Lunatic asylums Central Provinces reports 1886-1894 - 1886-1894
Year: 1886
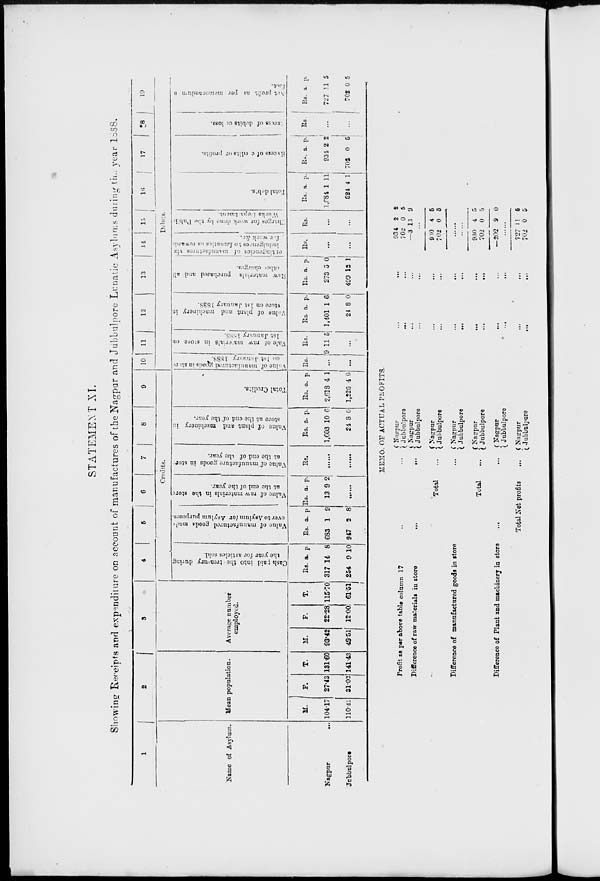
STATEMENT XI.
Showing Receipts and expenditure on account of manufactures of the Nagpur and Jubbulpore Lunatic Asylums during the year 1888.
1
Name of Asylum.
Nagpur
...
Jubbulpore ...
2
Mean population.
M.
104.17
110.41
F.
27.43
31.02
T.
131.60
141.43
3
Average number
employed.
M.
93.42
49.51
F.
22.28
12.00
T.
115.70
61.51
4
5
6
7
8
9
Credits.
Cash paid into the treasury during
the year for articles sold.
Rs.
317
254
a.
14
9
p.
8
10
Value of manufactured goods made
over to Asylum for Asylum purposes.
Rs.
683
947
a.
1
2
p.
9
8
Value of raw materials in the store
at the end of the year.
Rs.
13
a.
9
p.
2
......
Value of manufacture goods in store
at the end of the year.
Rs.
......
......
Value of plant and machinery in
store at the end of the year.
Rs.
1,603
24
a.
10
8
p.
6
0
Total Credits.
Rs.
2,618
1,226
a.
4
4
p.
1
6
10
11
12
13
14
15
16
17
18
19
Debits.
Value of manufactured goods in store
on 1st January 1888.
Rs.
...
...
Vale of raw materials in store on
1st January 1888.
Rs.
9 11 5
...
Value
of plant
and machinery in
store
on 1st January 1888.
Rs.
1,401
24
a.
1
8
p.
6
0
Raw
materials
purchased and all
other charges.
Rs.
273
490
a.
5
12
p.
0
1
contingencies
of
manufactures
viz
indulgences to Lunatics as rewards
for
work
&c.
Rs.
...
...
Charges for work done by the Public
Works Department.
Rs.
...
...
Total debts.
Rs.
1,684
524
a.
1
4
p.
11
1
Excess
of credits or profits.
Rs.
934
702
a.
2
0
p.
2
5
Excess
of debits or loss.
Rs.
...
...
Net profit as per memorandum a
foot.
Rs.
727
702
a
11
0
p.
5
5
MEMO. OF ACTUAL PROFITS.
Profit as per above table column 17 ... ...
Difference of raw materials in
store
...
...
Total ...
Difference of manufactured goods in store ...
Total
...
Difference of Plant and machinery in store ... ...
Total Net profits
...
Nagpur
...
...
Jubbulpore
...
...
Nagpur
...
...
Jubbulpore ... ...
Nagpur
...
...
Jubbulpore
...
...
Nagpur
...
...
Jubbulpore
...
...
Nagpur
...
...
Jubbulpore
...
...
Nagpur
...
...
Jubbulpore
...
...
Nagpur
...
...
Jubbulpore
...
...
934
702
—3
2
0
13
2
5
9
...
980
702
4
0
5
5
......
......
930
702
—202
4
0
9
5
5
0
......
727
702
11
0
5
5